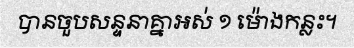
បានចួបសន្ទនាគ្នាអស់ ១ ម៉ោងកន្លះ។